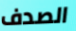
الصدف